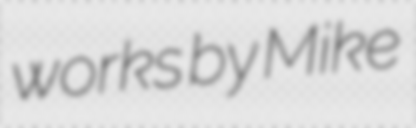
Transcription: works by Mike